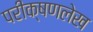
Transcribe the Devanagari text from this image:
परीक्षणलेख